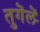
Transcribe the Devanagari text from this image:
तुगॆलॆ